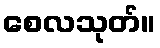
စေလသုတ်။